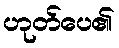
ဟုတ်ပေ၏